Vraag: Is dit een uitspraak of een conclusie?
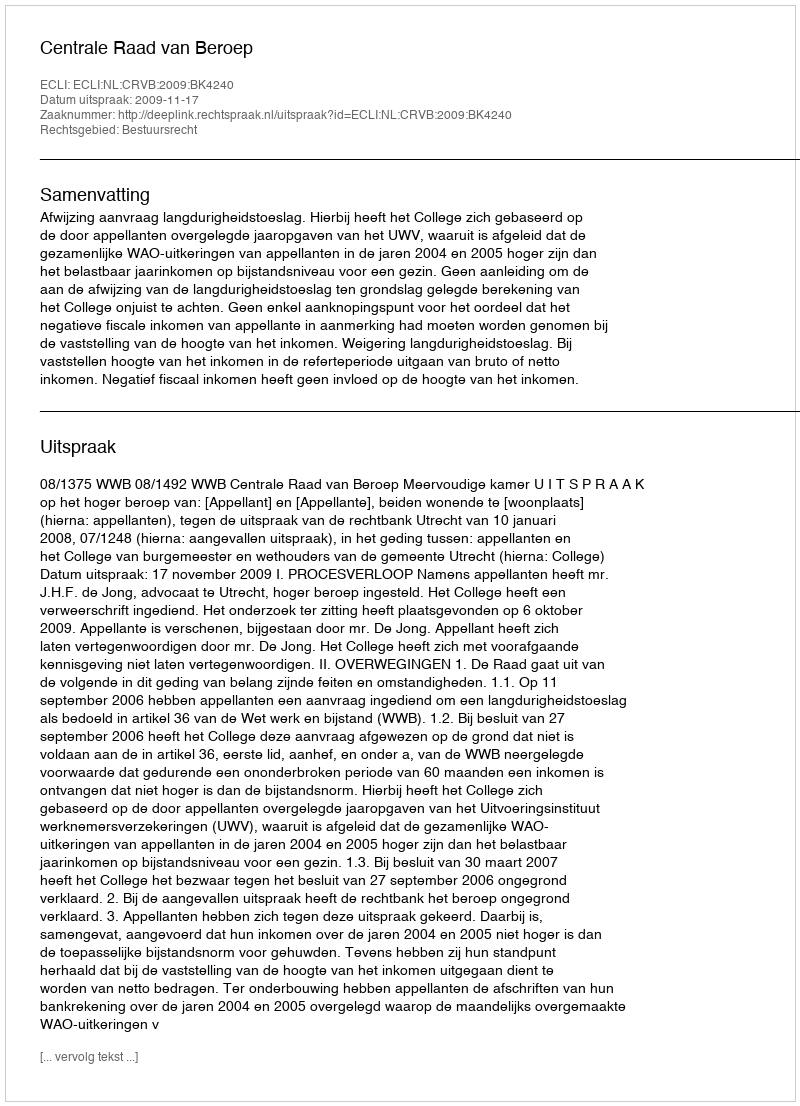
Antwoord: Uitspraak